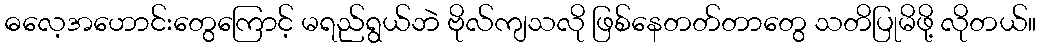
ဓလေ့အဟောင်းတွေကြောင့် မရည်ရွယ်ဘဲ ဗိုလ်ကျသလို ဖြစ်နေတတ်တာတွေ သတိပြုမိဖို့ လိုတယ်။